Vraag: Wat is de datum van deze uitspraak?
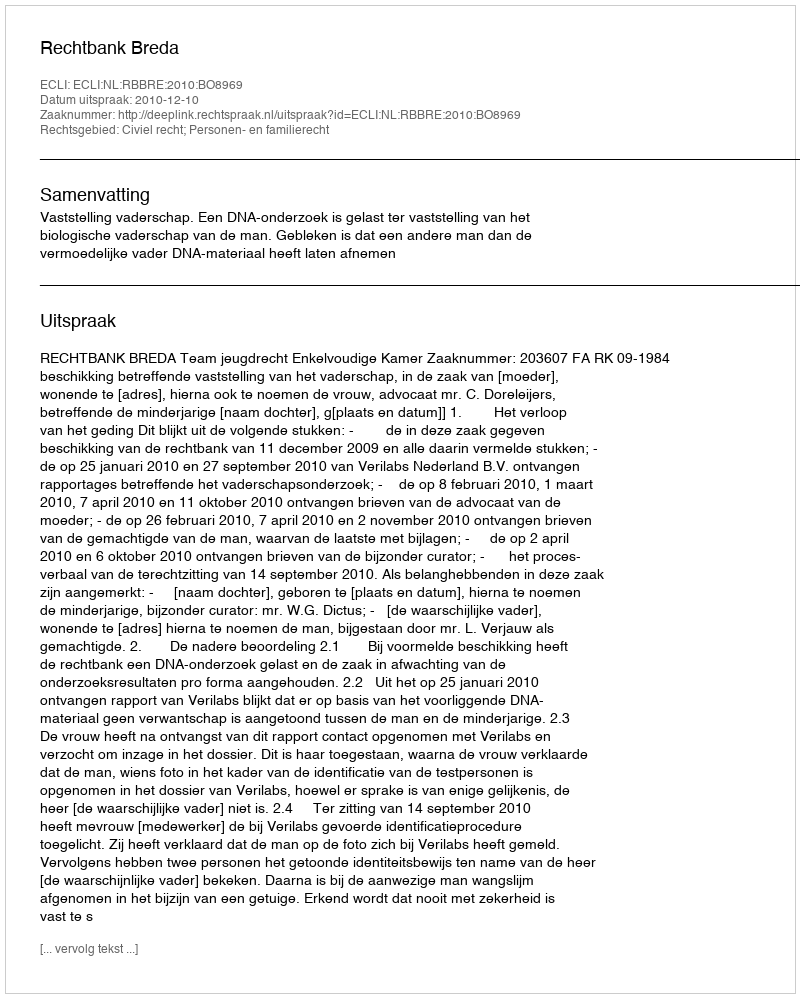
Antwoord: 2010-12-10